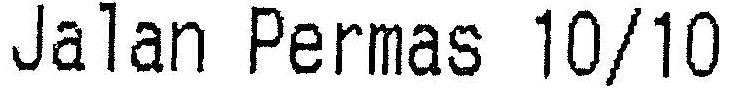
JALAN PERMAS 10/10